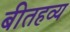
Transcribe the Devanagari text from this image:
बीतहव्य